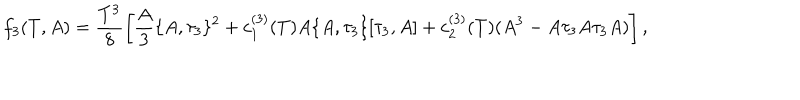
LaTeX: f _ { 3 } ( T , A ) = \frac { T ^ { 3 } } { 8 } \left[ \frac { A } { 3 } \{ A , \tau _ { 3 } \} ^ { 2 } + c _ { 1 } ^ { ( 3 ) } ( T ) A \{ A , \tau _ { 3 } \} [ \tau _ { 3 } , A ] + c _ { 2 } ^ { ( 3 ) } ( T ) ( A ^ { 3 } - A \tau _ { 3 } A \tau _ { 3 } A ) \right] ,